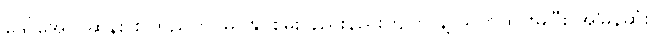
ဒေါ်အောင်ဆန်း စုကြည်က မြင်နိုင်စွမ်း နည်းနည်းကျတာနဲ့ သတိထားမိပြီး အမြန်ဆုံး